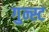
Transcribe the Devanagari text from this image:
गुन्स्ट